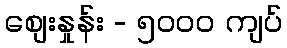
စျေးနှုန်း - ၅၀၀၀ ကျပ်